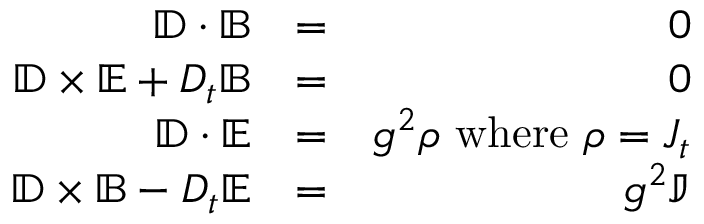
\begin{array} { r l r } { \mathbb { D } \cdot \mathbb { B } } & { = } & { 0 } \\ { \mathbb { D } \times \mathbb { E } + D _ { t } \mathbb { B } } & { = } & { 0 } \\ { \mathbb { D } \cdot \mathbb { E } } & { = } & { g ^ { 2 } \rho \mathrm { \ w h e r e \ } \rho = J _ { t } } \\ { \mathbb { D } \times \mathbb { B } - D _ { t } \mathbb { E } } & { = } & { g ^ { 2 } \mathbb { J } } \end{array}